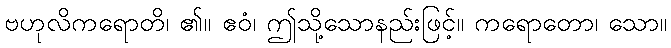
ဗဟုလိကရောတိ၊ ၏။ ဧဝံ၊ ဤသို့သောနည်းဖြင့်။ ကရောတော၊ သော။